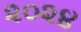
૨૦૨૪